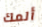
ألمك